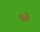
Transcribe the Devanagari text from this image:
भोः